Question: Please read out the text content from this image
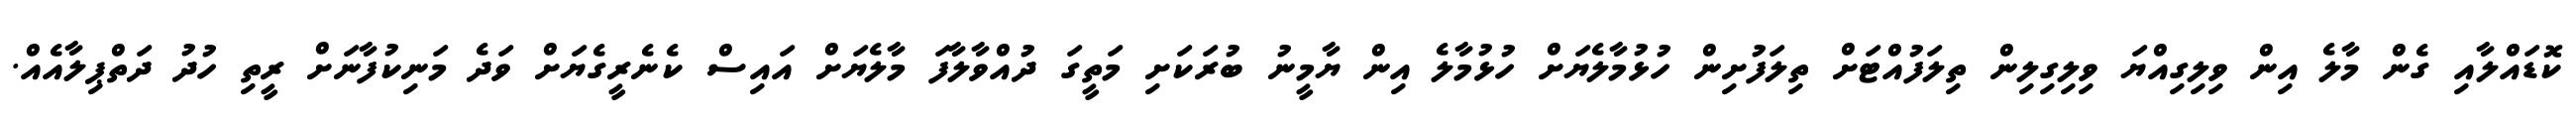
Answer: ކޮޑައްލާއި ގެން މާލެ އިން ވިލިގިއްޔަ ވިލިގިލިން ތިލަފުއްޓަށް ތިލަފުށިން ހުޅުމާލެޔަށް ހުޅުމާލެ އިން ޔާމީނު ބުރަކަށި މަތީގަ ދުއްވާލާފަ މާލެޔަށް އައިސް ކެނެރީގެޔަށް ވަދެ މަނިކުފާނަށް ރީތި ހުދު ދަތްޕިލާއެއް.